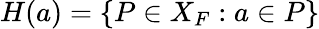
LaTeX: H(a)=\{ P\in X_{F}:a\in P\}